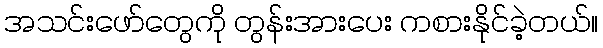
အသင်းဖော်တွေကို တွန်းအားပေး ကစားနိုင်ခဲ့တယ်။